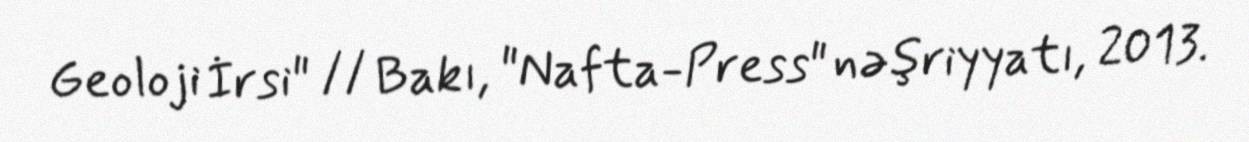
Geoloji İrsi" // Bakı, "Nafta-Press" nəşriyyatı, 2013.